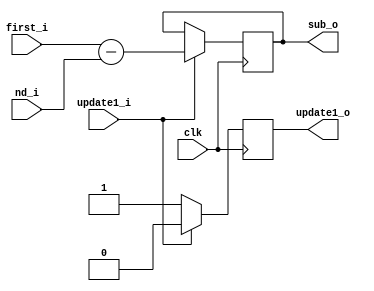
// Generated by MyHDL 0.11


`timescale 1ns/10ps

module oneminuszero (
    first_i,
    nd_i,
    update1_i,
    clk,
    sub_o,
    update1_o
);


input signed [15:0] first_i;
input signed [15:0] nd_i;
input update1_i;
input clk;
output signed [15:0] sub_o;
reg signed [15:0] sub_o;
output update1_o;
reg update1_o;




always @(posedge clk) begin: ONEMINUSZERO_RTL1
    if ((update1_i == 1)) begin
        update1_o <= 0;
        sub_o <= (first_i - nd_i);
    end
    else begin
        update1_o <= 1;
    end
end

endmodule